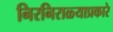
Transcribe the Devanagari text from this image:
निरनिराळ्याप्रकारे